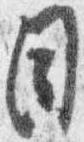
目